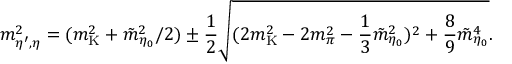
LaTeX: m _ { \eta ^ { \prime } , \eta } ^ { 2 } = ( m _ { \mathrm { K } } ^ { 2 } + { \tilde { m } } _ { \eta _ { 0 } } ^ { 2 } / 2 ) \pm { \frac { 1 } { 2 } } \sqrt { ( 2 m _ { \mathrm { K } } ^ { 2 } - 2 m _ { \pi } ^ { 2 } - { \frac { 1 } { 3 } } { \tilde { m } } _ { \eta _ { 0 } } ^ { 2 } ) ^ { 2 } + { \frac { 8 } { 9 } } { \tilde { m } } _ { \eta _ { 0 } } ^ { 4 } } .